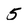
Character: 5